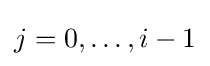
j=0,\dots ,i-1